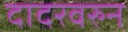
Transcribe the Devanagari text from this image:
दादरवरुन